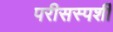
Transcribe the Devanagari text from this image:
परीसस्पर्शी